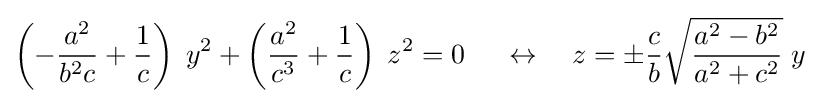
\left(-{\frac {a^{2}}{b^{2}c}}+{\frac {1}{c}}\right)\;y^{2}+\left({\frac {a^{2}}{c^{3}}}+{\frac {1}{c}}\right)\;z^{2}=0\ \quad \leftrightarrow \quad z=\pm {\frac {c}{b}}{\sqrt {\frac {a^{2}-b^{2}}{a^{2}+c^{2}}}}\;y\